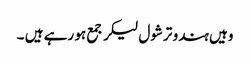
وہیں ہندو ترشول لیکر جمع ہو رہے ہیں ۔